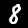
Digit: 8